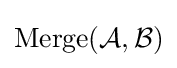
\mathrm {Merge} ({\mathcal {A}},{\mathcal {B}})